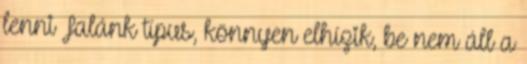
lenni Falánk típus, könnyen elhízik, be nem áll a